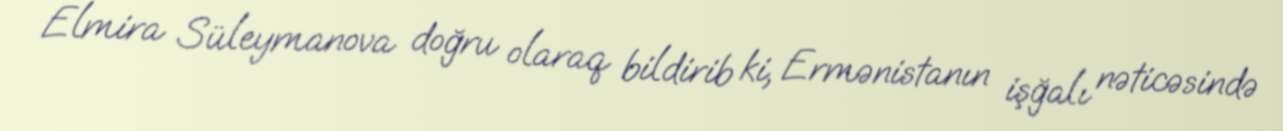
Elmira Süleymanova doğru olaraq bildirib ki, Ermənistanın işğalı nəticəsində